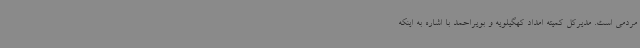
مردمی است. مدیرکل کمیته امداد کهگیلویه و بویراحمد با اشاره به اینکه